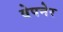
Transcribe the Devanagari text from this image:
वेपनेर